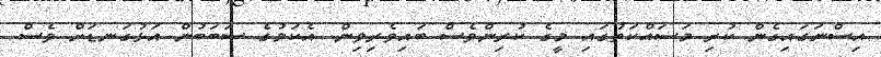
އިސްނަގައިގެން ކުރި މަސައްކަތުގައި މީގެ ކުރިންވެސް ބައިވެރިވިން. އެކަމުގެ ސަބަބުން އަޅުގަނޑަށް ވެސް